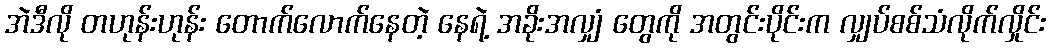
အဲဒီလို တဟုန်းဟုန်း တောက်လောက်နေတဲ့ နေရဲ့ အခိုးအလျှံ တွေကို အတွင်းပိုင်းက လျှပ်စစ်သံလိုက်လှိုင်း